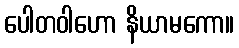
ပေါတဝါဟော နိယာမကော။